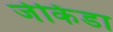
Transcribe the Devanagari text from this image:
जेकिंडा